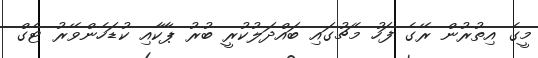
މީގެ އިތުރުން ރޭގެ ފަހު މެޗުގައި ބައްދަލުކުރީ ބުރު ޕާކާއި ކުޑަހެންވޭރު ޓެގް